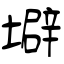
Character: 壀